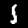
Label: 1